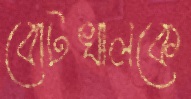
বোটখালকে